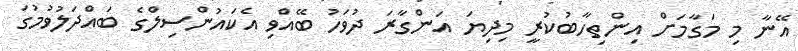
އޭނާ މި މަގާމަށް އިންތިހާބުކުރީ މިދިޔަ އަންގާރަ ދުވަހު ބޭއްވި އެކައުންސިލްގެ ބައްދަލުވުމުގަ